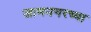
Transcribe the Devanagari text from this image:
जामनगरच्या